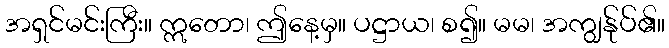
အရှင်မင်းကြီး။ ဣတော၊ ဤနေ့မှ။ ပဋ္ဌာယ၊ စ၍။ မမ၊ အကျွန်ုပ်၏။